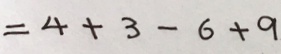
= 4 + 3 - 6 + 9